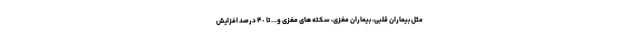
مثل بیماران قلبی، بیماران مغزی، سکته های مغزی و... تا ۴٠ درصد افزایش